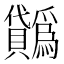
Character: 𧹋